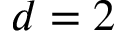
d = 2